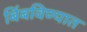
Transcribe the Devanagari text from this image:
बिंबविण्यात